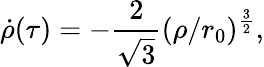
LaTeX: \dot{\rho}(\tau)=-\frac{2}{\sqrt{3}}(\rho/r_{0})^{\frac{3}{2}},